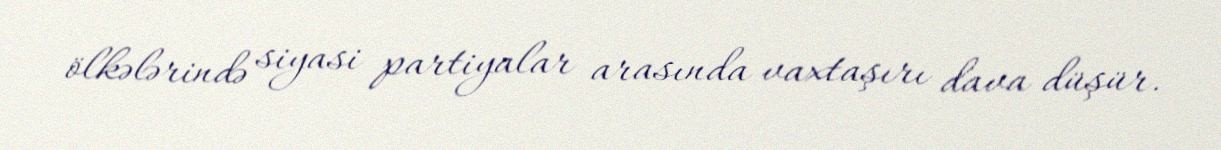
ölkələrində siyasi partiyalar arasında vaxtaşırı dava düşür.